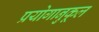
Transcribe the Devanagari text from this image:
प्रयोगानुकूल